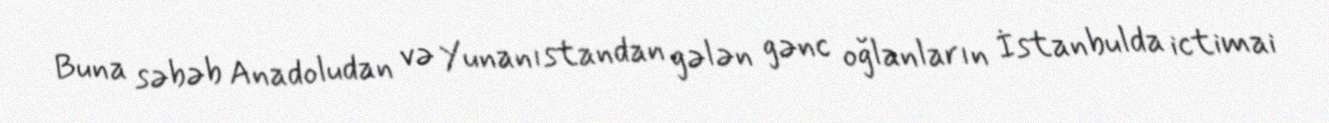
Buna səbəb Anadoludan və Yunanıstandan gələn gənc oğlanların İstanbulda ictimai